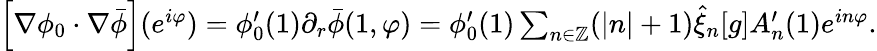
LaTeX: \begin{array}{r}{\left[\nabla\phi_{0}\cdot\nabla\bar{\phi}\right](e^{i\varphi})=\phi_{0}^{\prime}(1)\partial_{r}\bar{\phi}(1,\varphi)=\phi_{0}^{\prime}(1)\sum_{n\in\mathbb{Z}}(|n|+1)\hat{\xi}_{n}[g]A_{n}^{\prime}(1)e^{in\varphi}.}\end{array}